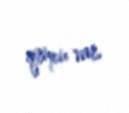
qrupu var.